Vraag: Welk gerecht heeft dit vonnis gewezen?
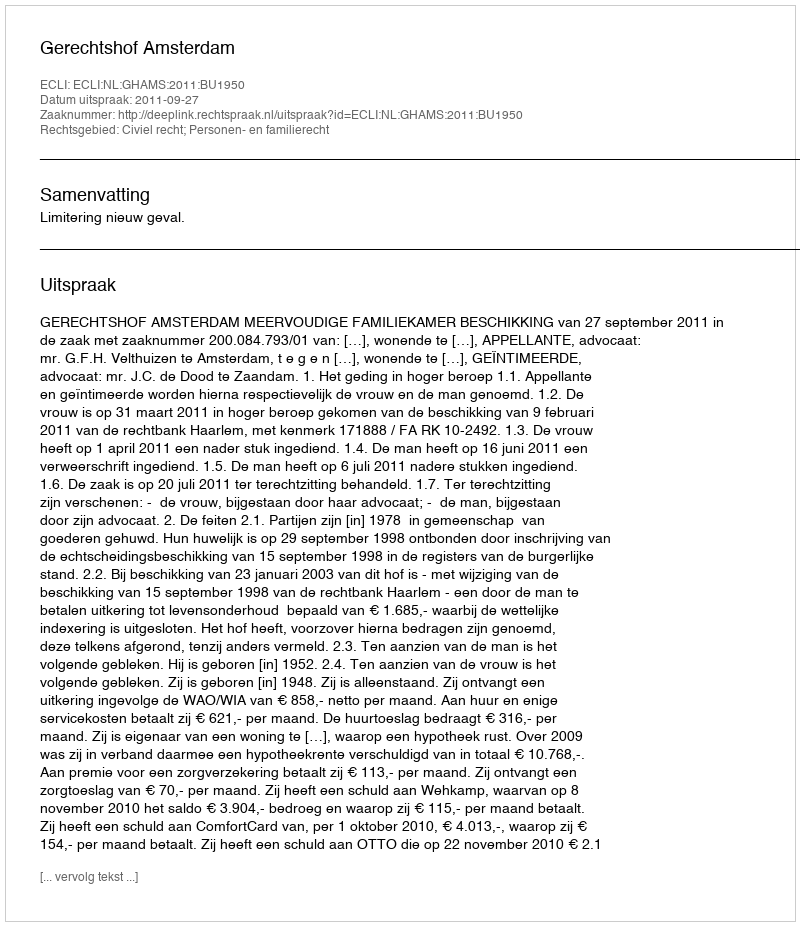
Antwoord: Gerechtshof Amsterdam